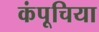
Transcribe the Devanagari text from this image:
कंपूचिया